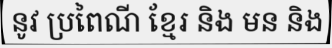
នូវ ប្រពៃណី ខ្មែរ និង មន និង